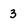
Character: 3